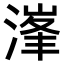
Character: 𣺿